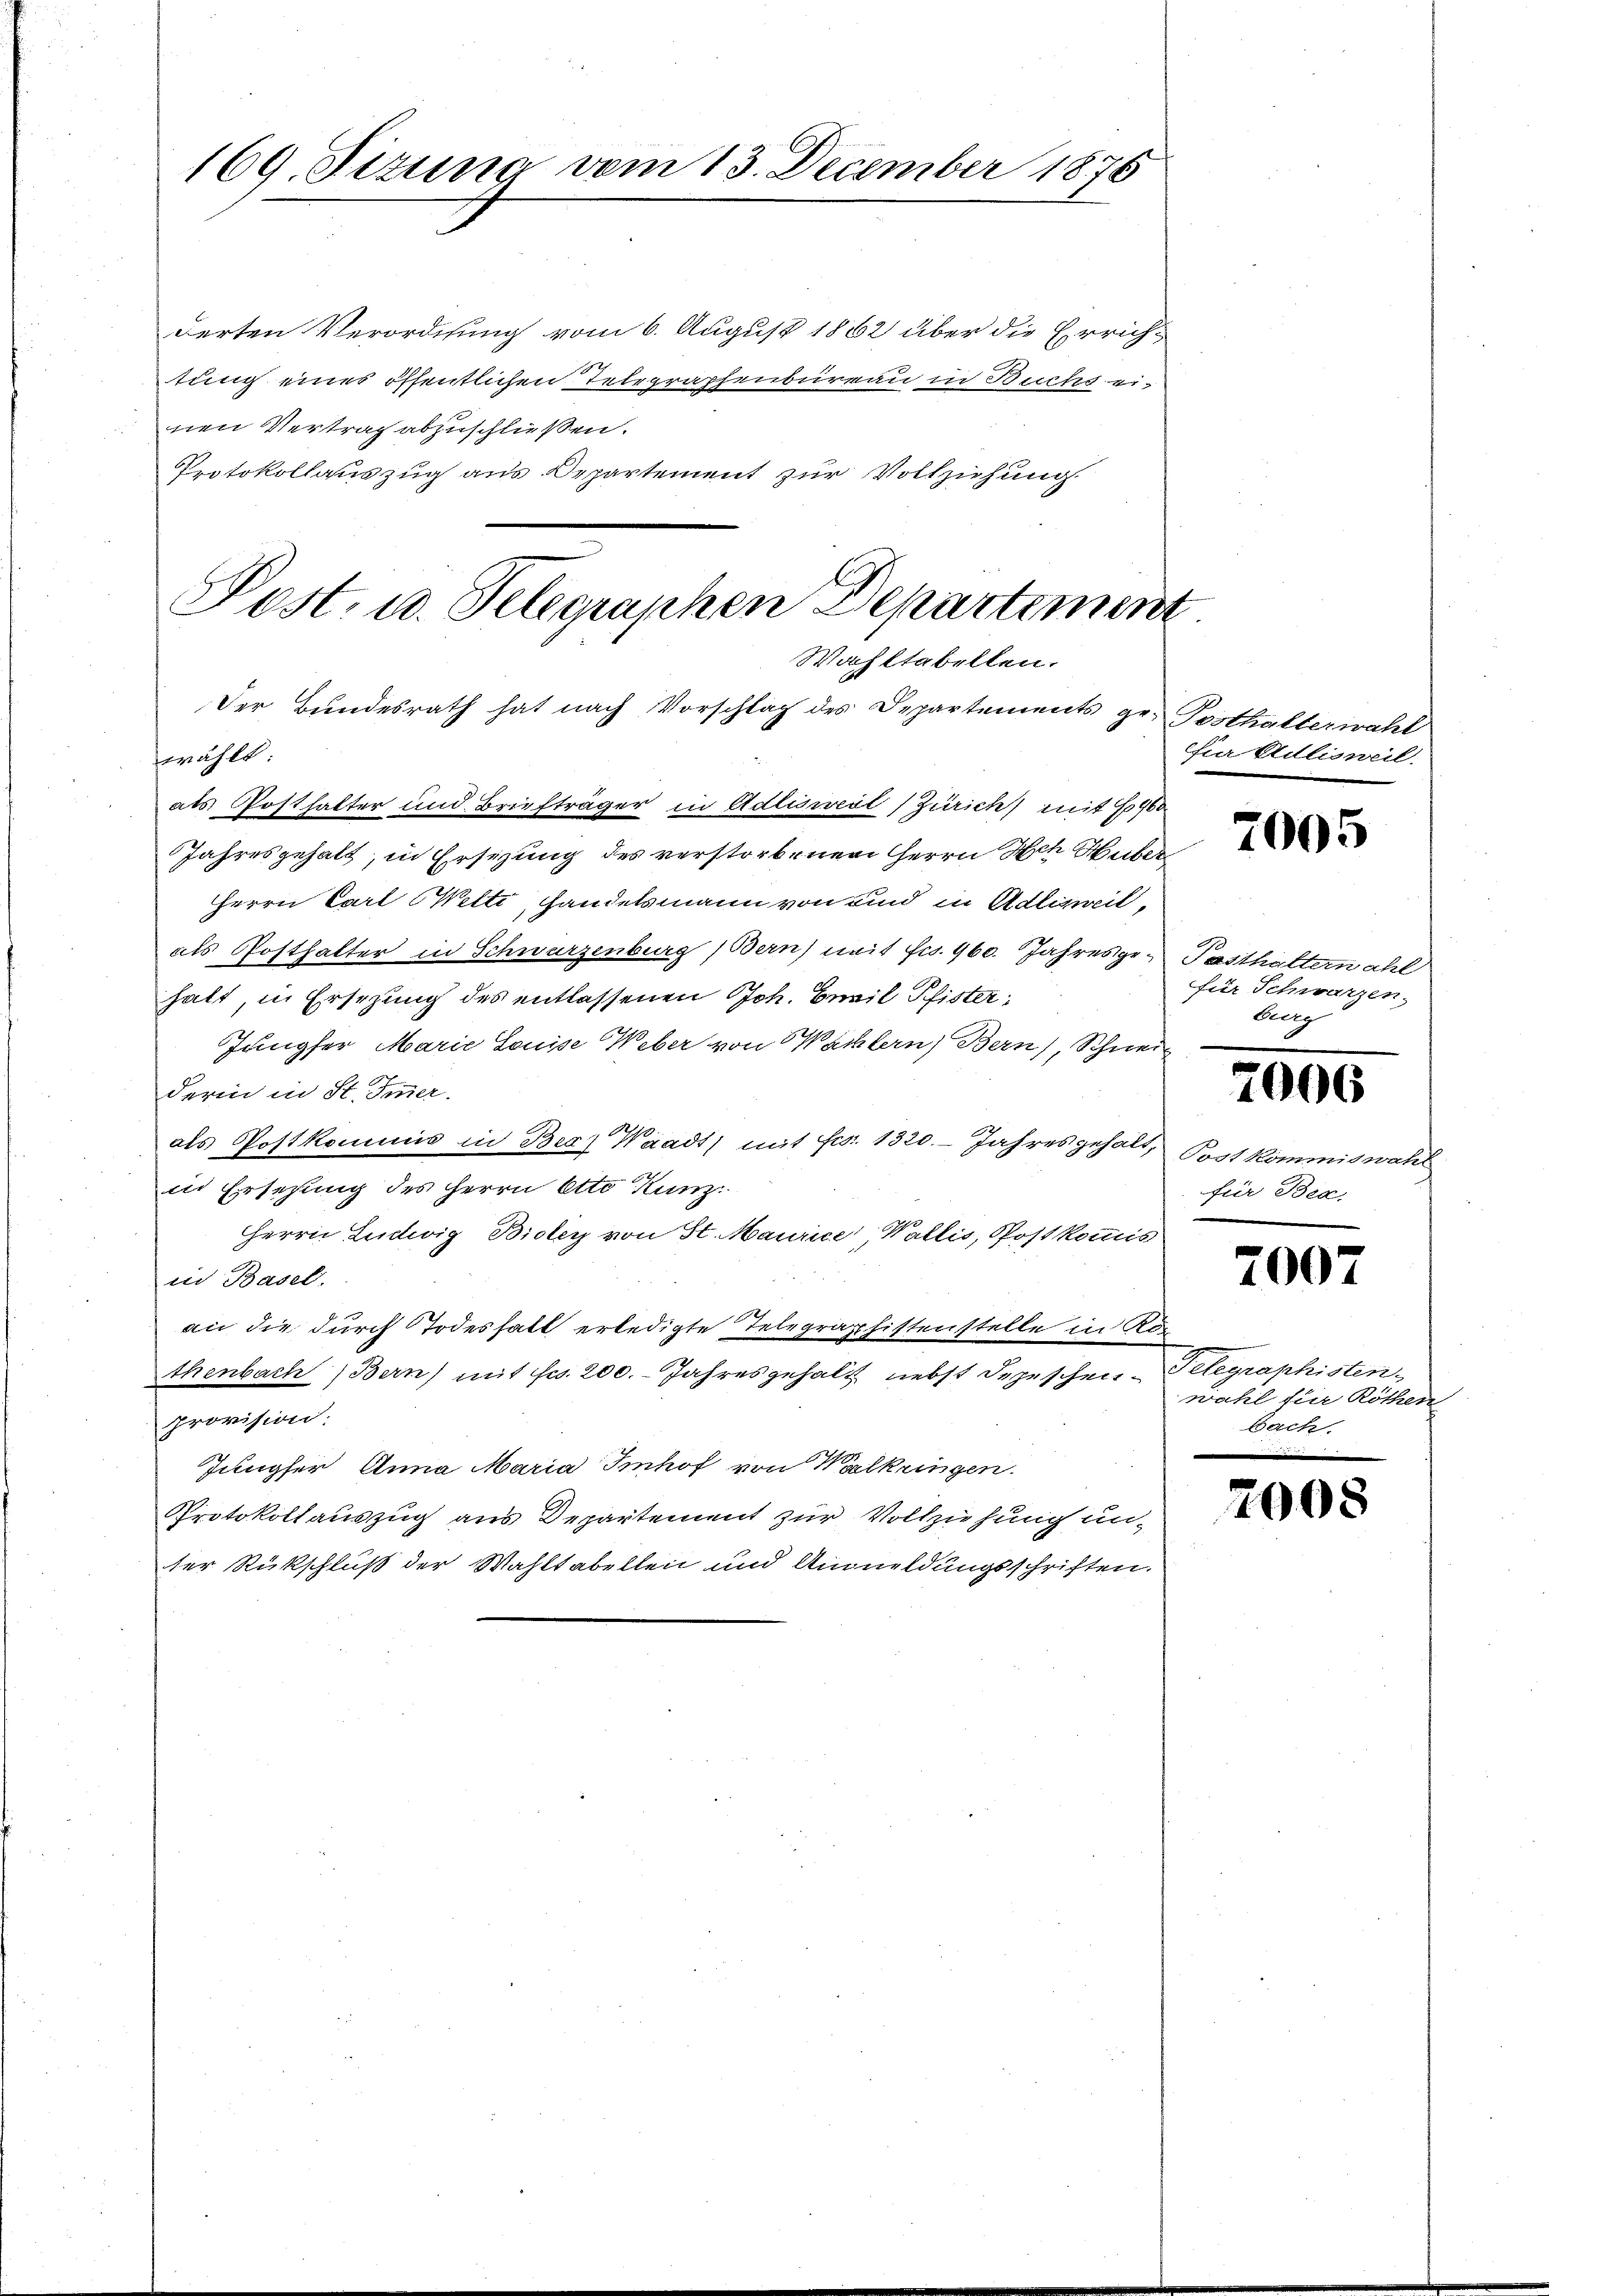
169. Sizung vom 13. December 1876

derten Verordnung vom 6. August 1862 über die Errichtung eines öffentlichen Telegraphenbureau in Buchs ei-
nen Vertrag abzuschließen.
Protokollauszug aus Departement zur Vollziehung

Post. u. Telegraphen Departement
Wahltabellen.
Der Bundesrath hat nach Vorschlag des Departements ge-Posthalterwahl

wählt:
als Posthalter und Briefträger in Adlisweil (Zürich) mit 1460
Jahresgehalt, in Ersezung des verstorbenen Herrn Ach Huber
Herrn Carl Wetti, Handelsmann von und in Adlisweil,
als Posthalter in Schwarzenburg (Bern) mit Fr. 960. Jahresgehalt, in Ersezung des entlassenen Joh. Civil Pfister:
Jungfer, Marie Louise Weber von Wachtern) Bern), Schweiz
derin in St. Immer.
als Postkommis in Bes) Waadt) mit Frs. 1320. Jahresgehält, Post kommiswahl
in Erschung des Herrn Otto Kunz
HHerrn Ludwig Bioley von St. Maurice, Wallis, Post kommis
in Basel.
an die durch Todeshalt erledigte Telegraphistenstelle in Rö
thenbach (Bern) mit Fr. 200. Jahresgehalt nebst Depeschen Telegraphisten,
provision:
Jungfer Anna Maria Imhof von Walkringen.
Protokollauszug aus Departement zur Vollziehung unter Rückschluß der Wahltabellen und Anmeldungsschriften.

Ei Adlisweil.

7005

Pasthaltern ahl
für Schwarzen.
burg

7006

für Bea,
.

2007

wahl für Röthen
bach.

200.